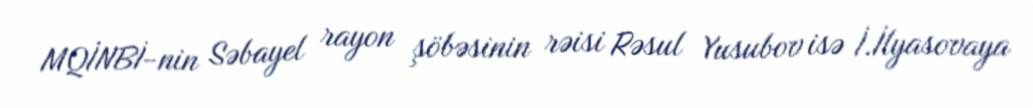
MQİNBİ-nin Səbayel rayon şöbəsinin rəisi Rəsul Yusubov isə İ.İlyasovaya